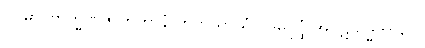
ဝိဂမာ ဗြာဟ္မဏဇာတိကာနံ တတိယာယံ ပဒုမပုပ္ဖံ အပ္ပဋိသိဒ္ဓဘာဝေါ